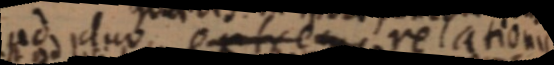
ad duo extrema relationis